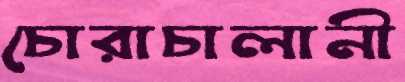
চোরাচালানী